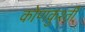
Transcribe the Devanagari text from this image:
कोणकुश्ती